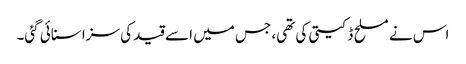
اس نے مسلح ڈکیتی کی تھی، جس میں اسے قید کی سزا سنائی گئی۔